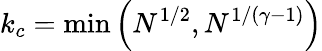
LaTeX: k_{c}=\mathrm{min}\left(N^{1/2},N^{1/(\gamma-1)}\right)